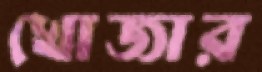
খোজার